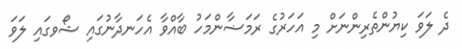
ދެ ލަވަ ކިޔުންތެރިންނަށް މި އަހަރުގެ ރަމަޟާންމަހު ބާއްވާ އެހަނދާނުގައި ޝޯވގައި ލަވަ